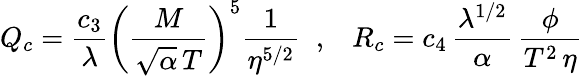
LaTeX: Q_{c}=\frac{c_{3}}{\lambda}\left(\frac{M}{\sqrt{\alpha}\, T}\right)^{5}\frac{1}{\eta^{5/2}}\; \; ,\; \; \; R_{c}=c_{4}\, \frac{\lambda^{1/2}}{\alpha}\, \frac{\phi}{T^{2}\, \eta}